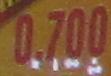
0.700